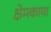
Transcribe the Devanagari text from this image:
क्षेमकाया